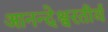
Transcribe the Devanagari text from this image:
आनन्देश्वरतीर्थ